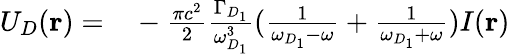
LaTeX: \begin{array}{rl}{U_{D}(\mathbf{r})=}&{{}-\frac{\pi{}c^{2}}{2}\frac{\Gamma_{D_{1}}}{\omega_{D_{1}}^{3}}(\frac{1}{\omega_{D_{1}}-\omega}+\frac{1}{\omega_{D_{1}}+\omega})I(\mathbf{r})}\end{array}